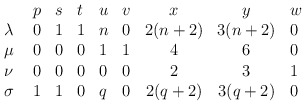
\begin{align*}\begin{array}{llllllccl} & p & s & t & u & v & x & y & w \\\lambda\ & 0 & 1 & 1 & n & 0 & 2(n+2) & 3(n+2) & 0 \\\mu\ & 0 & 0 & 0 & 1 & 1 & 4 & 6 & 0 \\\nu\ & 0 & 0 & 0 & 0 & 0 & 2 & 3 & 1 \\\sigma\ & 1 & 1 & 0 & q & 0 & 2(q+2) & 3(q+2) & 0 \\\end{array}\end{align*}